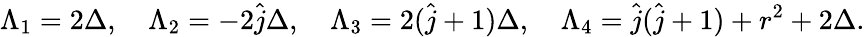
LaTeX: \Lambda_{1}=2\Delta,\quad\Lambda_{2}=-2\hat{j}\Delta,\quad\Lambda_{3}=2(\hat{j}+1)\Delta,\quad\Lambda_{4}=\hat{j}(\hat{j}+1)+r^{2}+2\Delta.